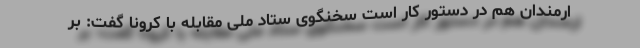
ارمندان هم در دستور کار است سخنگوی ستاد ملی مقابله با کرونا گفت: بر